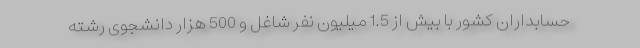
حسابداران كشور با بیش از 1.5 میلیون نفر شاغل و 500 هزار دانشجوی رشته